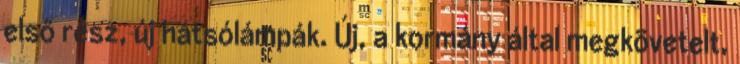
első rész, új hátsólámpák. Új, a kormány által megkövetelt,